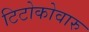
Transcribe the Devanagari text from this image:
टिटोकोवारु